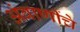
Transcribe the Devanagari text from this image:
अंबाणींचे